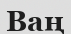
Ваң